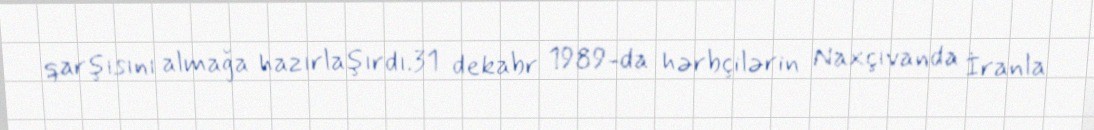
qarşısını almağa hazırlaşırdı.31 dekabr 1989-da hərbçilərin Naxçıvanda İranla